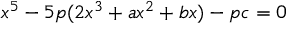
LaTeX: x ^ { 5 } - 5 p ( 2 x ^ { 3 } + a x ^ { 2 } + b x ) - p c = 0